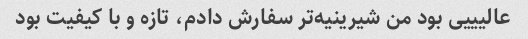
عالیییی بود من شیرینیه‌تر سفارش دادم، تازه و با کیفیت بود